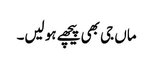
ماں جی بھی پیچھے ہو لیں۔